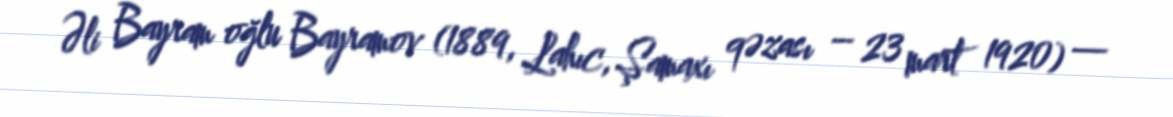
Əli Bayram oğlu Bayramov (1889, Lahıc, Şamaxı qəzası – 23 mart 1920) —